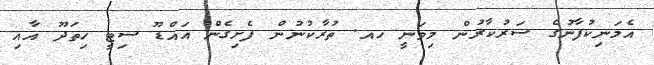
އެމަނިކުފާނުގެ ސަރުކާރުން މިވަނީ ހއ. ތުރާކުނުން ފެށިގެން އައްޑޫ ސިޓީ ހިތަދޫ އާއި